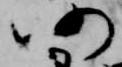
仍